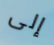
إلى